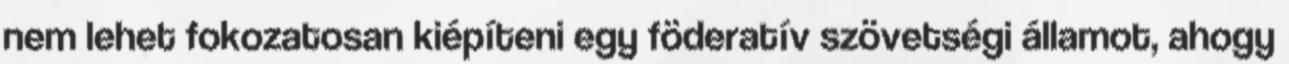
nem lehet fokozatosan kiépíteni egy föderatív szövetségi államot, ahogy